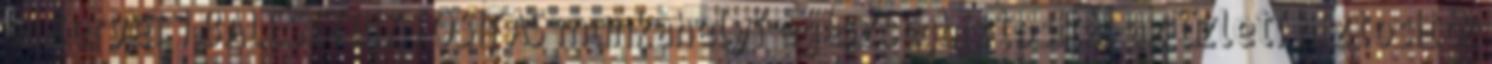
és tervei 1 BALESETBIZTOSÍTÁS munkahelyi egészségbiztosítás az üzleti biztosítók